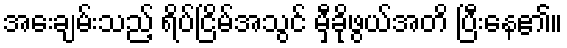
အေးချမ်းသည့် ရိပ်ငြိမ်အသွင် မှီခိုဖွယ်အတိ ပြီးနေ၏။